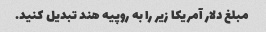
مبلغ دلار آمریکا زیر را به روپیه هند تبدیل کنید.